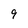
Character: 9